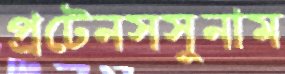
প্রটেনসসুনাম